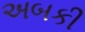
અબકી